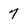
Character: 7